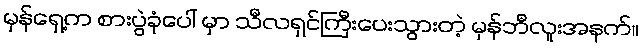
မှန်ရှေ့က စားပွဲခုံပေါ် မှာ သီလရှင်ကြီးပေးသွားတဲ့ မှန်ဘီလူးအနက်။